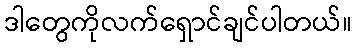
ဒါတွေကိုလက်ရှောင်ချင်ပါတယ်။